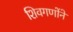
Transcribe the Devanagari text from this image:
शिवगणोंने